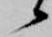
候